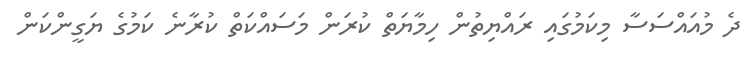
ދެ މުއައްސަސާ މިކަމުގައި ރައްޔިތުން ހިމާޔަތް ކުރަން މަސައްކަތް ކުރާނެ ކަމުގެ ޔަގީންކަން